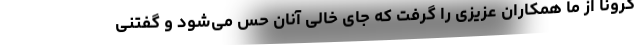
کرونا از ما همکاران عزیزی را گرفت که جای خالی آنان حس می‌شود و گفتنی